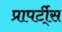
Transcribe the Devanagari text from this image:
प्रापर्टी्स